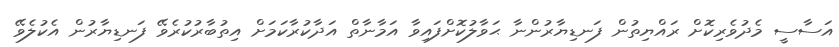
އަސާސީ މެދުވެރިކޮށް ރައްޔިތުން ފަނޑިޔާރުންނާ ޙަވާލުކޮށްފައިވާ އަމާނާތް އަދާކުރާކަމަށް އިތުބާރުކުރެވޭ ފަނޑިޔާރުން އެކުލެވޭ